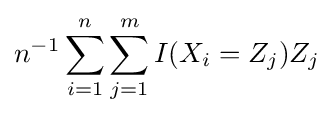
n^{-1}\sum _{i=1}^{n}\sum _{j=1}^{m}I(X_{i}=Z_{j})Z_{j}